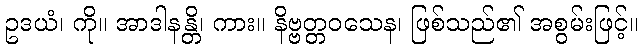
ဥဒယံ၊ ကို။ အာဒါနန္တိ၊ ကား။ နိဗ္ဗတ္တဝသေန၊ ဖြစ်သည်၏ အစွမ်းဖြင့်။